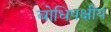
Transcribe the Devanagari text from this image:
बोधिपक्षीय